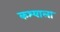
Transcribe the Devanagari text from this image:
कश्याला